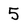
Character: 5